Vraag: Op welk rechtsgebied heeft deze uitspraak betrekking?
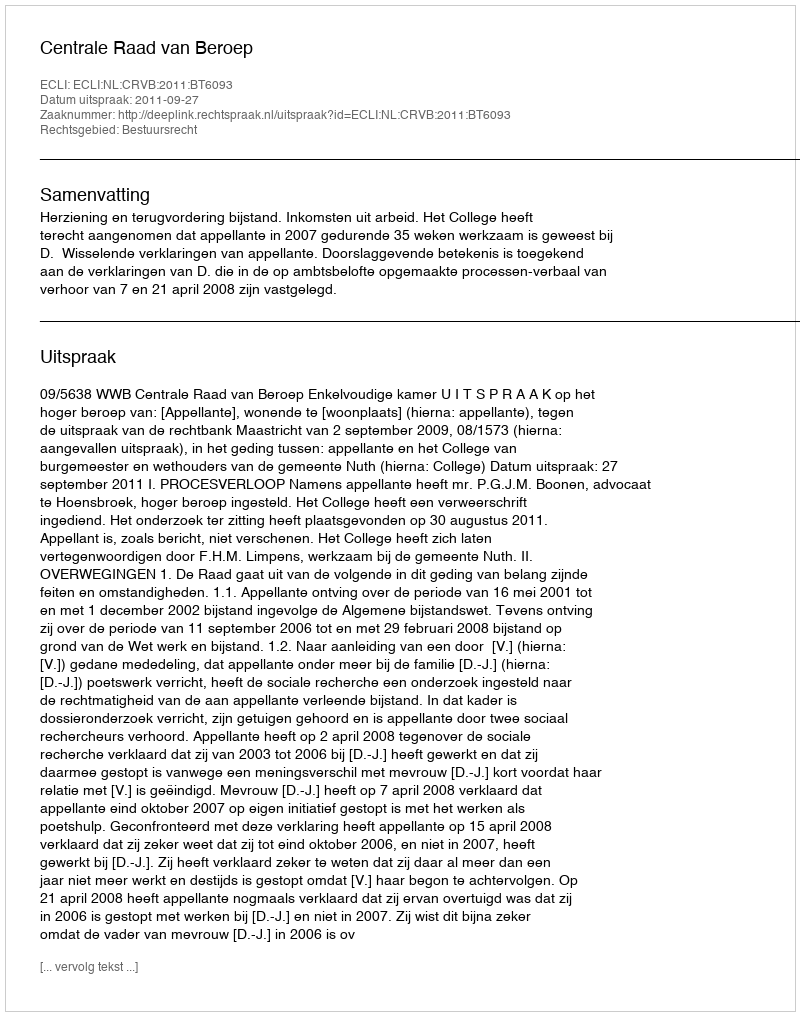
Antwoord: Bestuursrecht